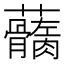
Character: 𧅢